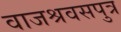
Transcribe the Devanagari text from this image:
वाजश्रवसपुत्र